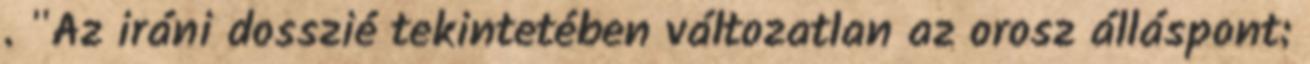
. "Az iráni dosszié tekintetében változatlan az orosz álláspont: